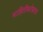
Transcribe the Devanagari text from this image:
माहितीबरोबरच